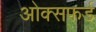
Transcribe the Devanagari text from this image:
ओक्सफर्ड